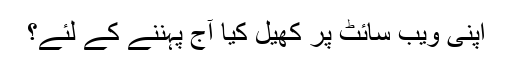
اپنی ویب سائٹ پر کھیل کیا آج پہننے کے لئے؟